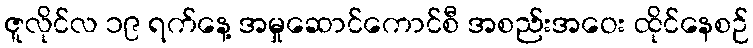
ဇူလိုင်လ ၁၉ ရက်နေ့ အမှုဆောင်ကောင်စီ အစည်းအဝေး ထိုင်နေစဉ်